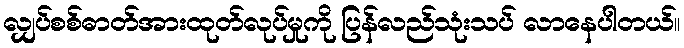
လျှပ်စစ်ဓာတ်အားထုတ်လုပ်မှုကို ပြန်လည်သုံးသပ် လာနေပါတယ်။